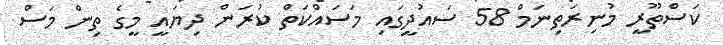
ކަސްތޫރީ މުނިރަތިނަމް 58 ސައުދީގައި މަސައްކަތް ކުރަން ދިޔައީ މީގެ ތިން މަސް